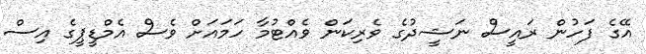
އޭގެ ފަހުން ރައީސް ނަޝީދުގެ ވެރިކަން ވެއްޓުމާ ހަމައަށް ވެސް އެމްޑީޕީގެ އިސް